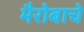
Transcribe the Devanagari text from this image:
भैरोबाचे